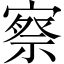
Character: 察